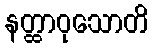
နတ္ထာဝုသောတိ